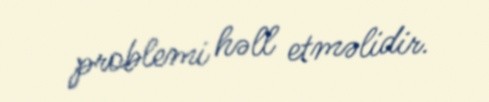
problemi həll etməlidir.